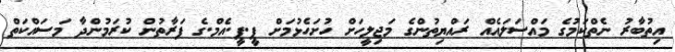
އިތުބާރު ނެތްކަމުގެ މައްސަލައެއް ރައްޔިތުންގެ މަޖިލީހަށް ހުށަހެޅުމަށް ޕީ.ޕީ.އެމް.ގެ ފަރާތުން ކުރަމުންދާ މަސައްކަތް